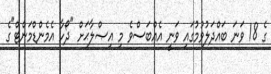
ގެ 18 ވަނަ ބައްދަލުވުމުގައި ވަނީ އެއްބަސްވެ މި އިޞްލާޙަށް "ދޯހާ އެމެންޑްމަންޓް"ގެ